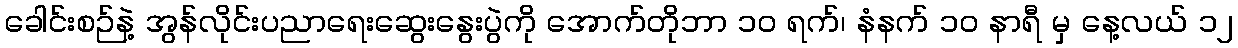
ခေါင်းစဉ်နဲ့ အွန်လိုင်းပညာရေးဆွေးနွေးပွဲကို အောက်တိုဘာ ၁၀ ရက်၊ နံနက် ၁၀ နာရီ မှ နေ့လယ် ၁၂